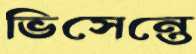
ভিসেন্তে